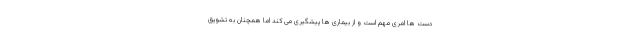
دست ها امری مهم است و از بیماری ها پیشگیری می کند اما همچنان به تشویق